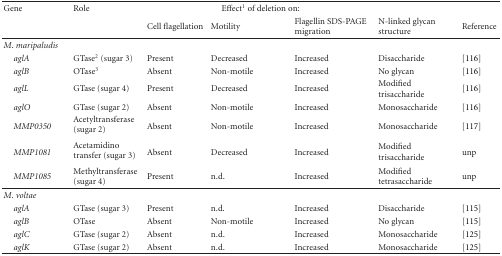
<table><thead><tr><td><b>Gene</b></td><td><b>Role</b></td><td colspan="3"><b>Effect<sup>1</sup> of deletion on:</b></td><td></td><td></td></tr><tr><td></td><td></td><td><b>Cell flagellation</b></td><td><b>Motility</b></td><td><b>Flagellin SDS-PAGE migration</b></td><td><b>N-linked glycan structure</b></td><td><b>Reference </b></td></tr></thead><tbody><tr><td><i>M</i>.<i> maripaludis </i></td><td></td><td></td><td></td><td></td><td></td><td></td></tr><tr><td> <i>aglA </i></td><td>GTase<sup>2</sup> (sugar 3)</td><td>Present</td><td>Decreased</td><td>Increased</td><td>Disaccharide</td><td>[116]</td></tr><tr><td> <i>aglB </i></td><td>OTase<sup>3</sup></td><td>Absent</td><td>Non-motile</td><td>Increased</td><td>No glycan</td><td>[116]</td></tr><tr><td> <i>aglL </i></td><td>GTase (sugar 4)</td><td>Present</td><td>Decreased</td><td>Increased</td><td>Modified trisaccharide</td><td>[116]</td></tr><tr><td> <i>aglO </i></td><td>GTase (sugar 2)</td><td>Absent</td><td>Non-motile</td><td>Increased</td><td>Monosaccharide</td><td>[116]</td></tr><tr><td> <i>MMP0350 </i></td><td>Acetyltransferase (sugar 2) </td><td>Absent</td><td>Non-motile</td><td>Increased</td><td>Monosaccharide</td><td>[117]</td></tr><tr><td> <i>MMP1081 </i></td><td>Acetamidino transfer (sugar 3) </td><td>Absent</td><td>Decreased</td><td>Increased</td><td>Modified trisaccharide</td><td>unp</td></tr><tr><td> <i>MMP1085 </i></td><td>Methyltransferase (sugar 4)</td><td>Present</td><td>n.d.</td><td>Increased</td><td>Modified tetrasaccharide</td><td>unp</td></tr><tr><td><i>M</i>.<i> voltae </i></td><td></td><td></td><td></td><td></td><td></td><td></td></tr><tr><td> <i>aglA </i></td><td>GTase (sugar 3)</td><td>Present</td><td>n.d.</td><td>Increased</td><td>Disaccharide</td><td>[115]</td></tr><tr><td> <i>aglB </i></td><td>OTase</td><td>Absent</td><td>Non-motile</td><td>Increased</td><td>No glycan</td><td>[115]</td></tr><tr><td> <i>aglC </i></td><td>GTase (sugar 2)</td><td>Absent</td><td>n.d.</td><td>Increased</td><td>Monosaccharide</td><td>[125]</td></tr><tr><td> <i>aglK </i></td><td>GTase (sugar 2)</td><td>Absent</td><td>n.d.</td><td>Increased</td><td>Monosaccharide</td><td>[125]</td></tr></tbody></table>